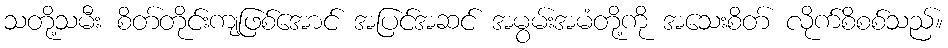
သတို့သမီး စိတ်တိုင်းကျဖြစ်အောင် အပြင်အဆင် အမွမ်းအမံတို့ကို အသေးစိတ် လိုက်စိစစ်သည်။